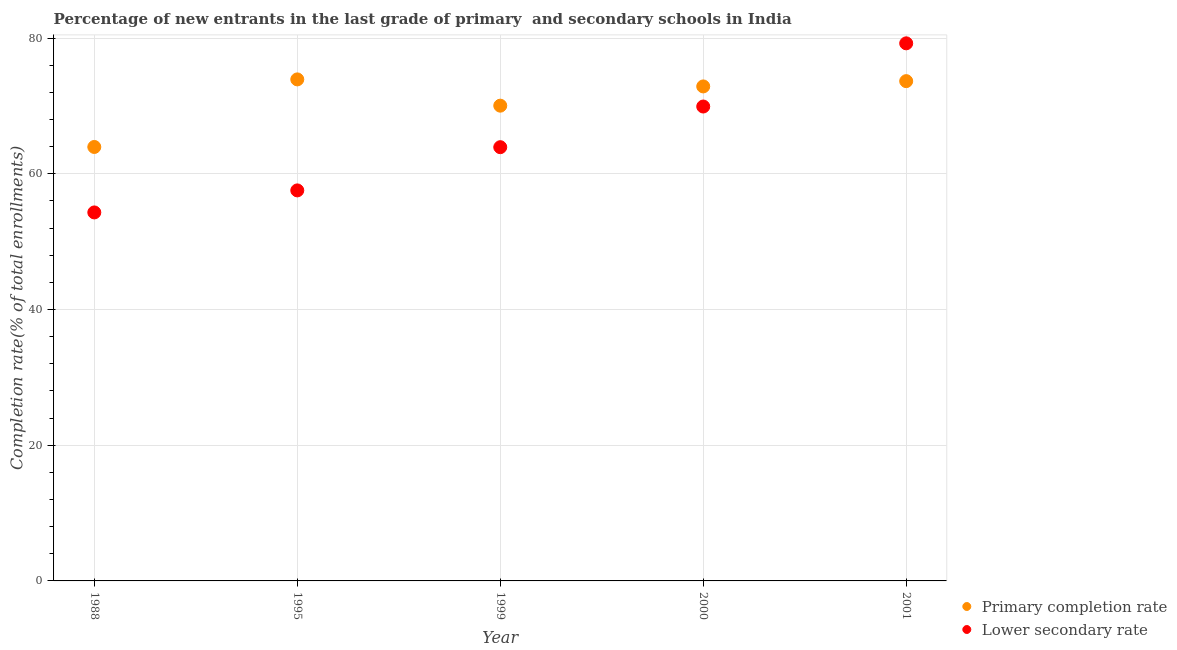
| Year | Primary completion rate | Lower secondary rate |
 | --- | --- | --- |
 | 1988 | 64 | 54.3 |
 | 1995 | 73.9 | 57.6 |
 | 1999 | 70 | 63.9 |
 | 2000 | 72.9 | 69.9 |
 | 2001 | 73.7 | 79.2 |